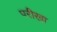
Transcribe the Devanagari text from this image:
परीखा